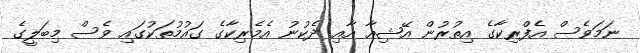
ނަމަވެސް އެފްރިކާގެ އިތުރުން އޭޝިއާ އާއި ދެކުނު އެމެރިކާގެ ގައުމުތަކުގައި ވެސް މިބަލީގެ